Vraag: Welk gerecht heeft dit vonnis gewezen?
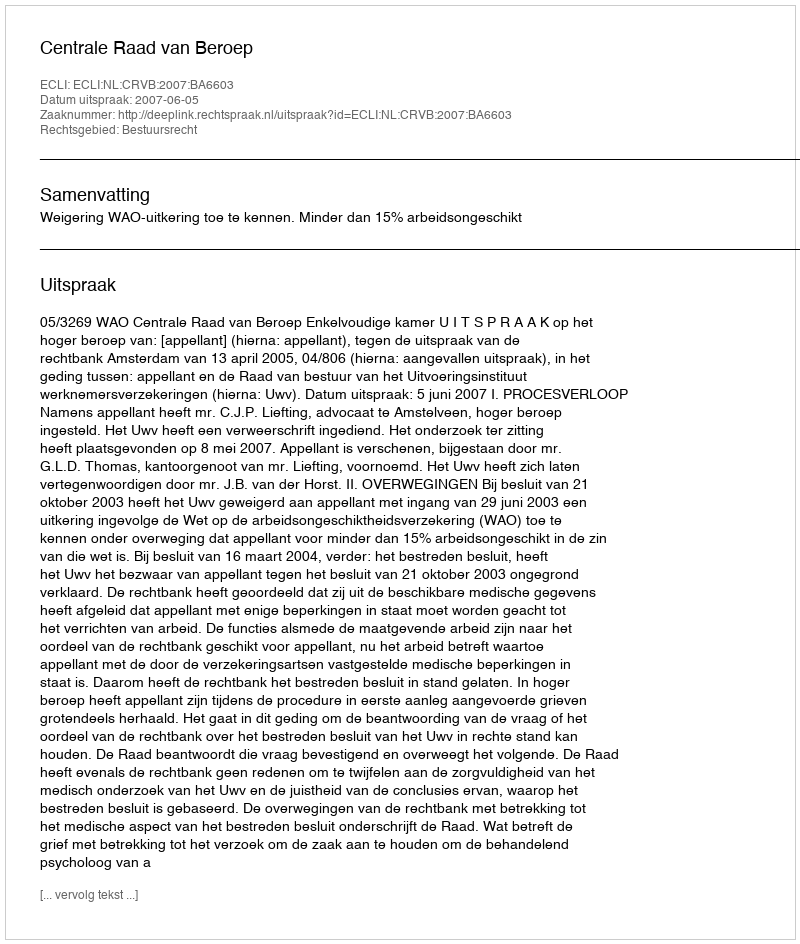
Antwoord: Centrale Raad van Beroep